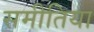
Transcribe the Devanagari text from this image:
समीतिया